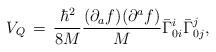
LaTeX: \begin{align*}V_{Q}\,=\,\frac{{\hbar}^{2}}{8M}\frac{(\partial_{a}f)(\partial^{a}f)}{M}{\bar{\Gamma}}^{i}_{0i} {\bar{\Gamma}}^{j}_{0j},\end{align*}